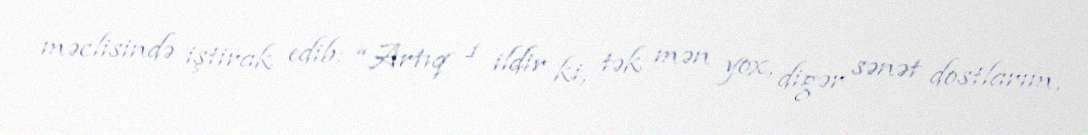
məclisində iştirak edib: “Artıq 1 ildir ki, tək mən yox, digər sənət dostlarım,